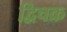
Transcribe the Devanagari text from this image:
द्विचक्र